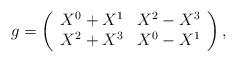
LaTeX: \begin{align*}g=\left( \begin{array}{ccc} X^0+X^1 & X^2-X^3\\ X^2+X^3 & X^0-X^1\end{array} \right),\end{align*}